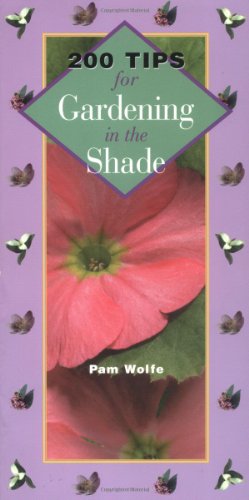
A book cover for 200 Tips for Gardening in the Shade; Pamela Wolfe; Crafts, Hobbies & Home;